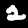
Label: 2